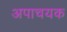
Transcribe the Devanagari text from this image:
अपाचयक